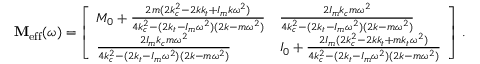
\mathbf { M } _ { \mathrm { e f f } } ( \omega ) = \left[ \begin{array} { l l } { M _ { 0 } + \frac { 2 m ( 2 k _ { c } ^ { 2 } - 2 k k _ { t } + I _ { m } k \omega ^ { 2 } ) } { 4 k _ { c } ^ { 2 } - ( 2 k _ { t } - I _ { m } \omega ^ { 2 } ) ( 2 k - m \omega ^ { 2 } ) } } & { \frac { 2 I _ { m } k _ { c } m \omega ^ { 2 } } { 4 k _ { c } ^ { 2 } - ( 2 k _ { t } - I _ { m } \omega ^ { 2 } ) ( 2 k - m \omega ^ { 2 } ) } } \\ { \frac { 2 I _ { m } k _ { c } m \omega ^ { 2 } } { 4 k _ { c } ^ { 2 } - ( 2 k _ { t } - I _ { m } \omega ^ { 2 } ) ( 2 k - m \omega ^ { 2 } ) } } & { I _ { 0 } + \frac { 2 I _ { m } ( 2 k _ { c } ^ { 2 } - 2 k k _ { t } + m k _ { t } \omega ^ { 2 } ) } { 4 k _ { c } ^ { 2 } - ( 2 k _ { t } - I _ { m } \omega ^ { 2 } ) ( 2 k - m \omega ^ { 2 } ) } } \end{array} \right] \, .